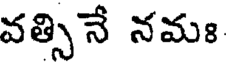
వత్సినే నమః